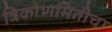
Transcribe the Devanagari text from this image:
त्रिकोणमितीचा